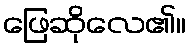
ဖြေဆိုလေ၏။